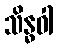
သိန္ဓဝါ